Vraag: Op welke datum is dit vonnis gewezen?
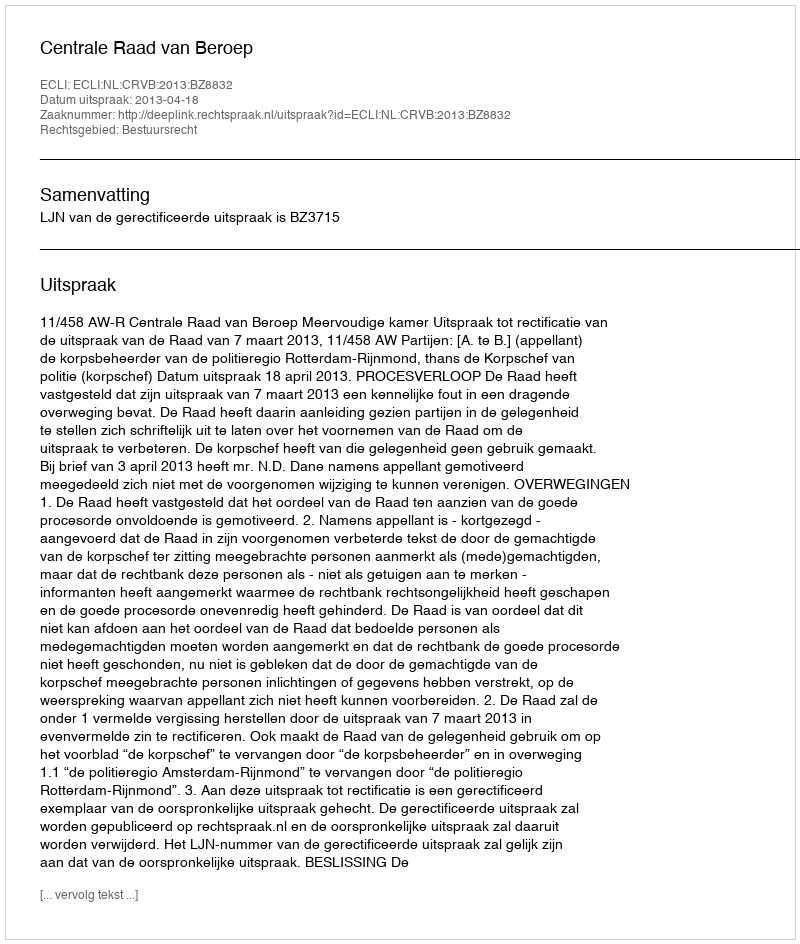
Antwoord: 2013-04-18